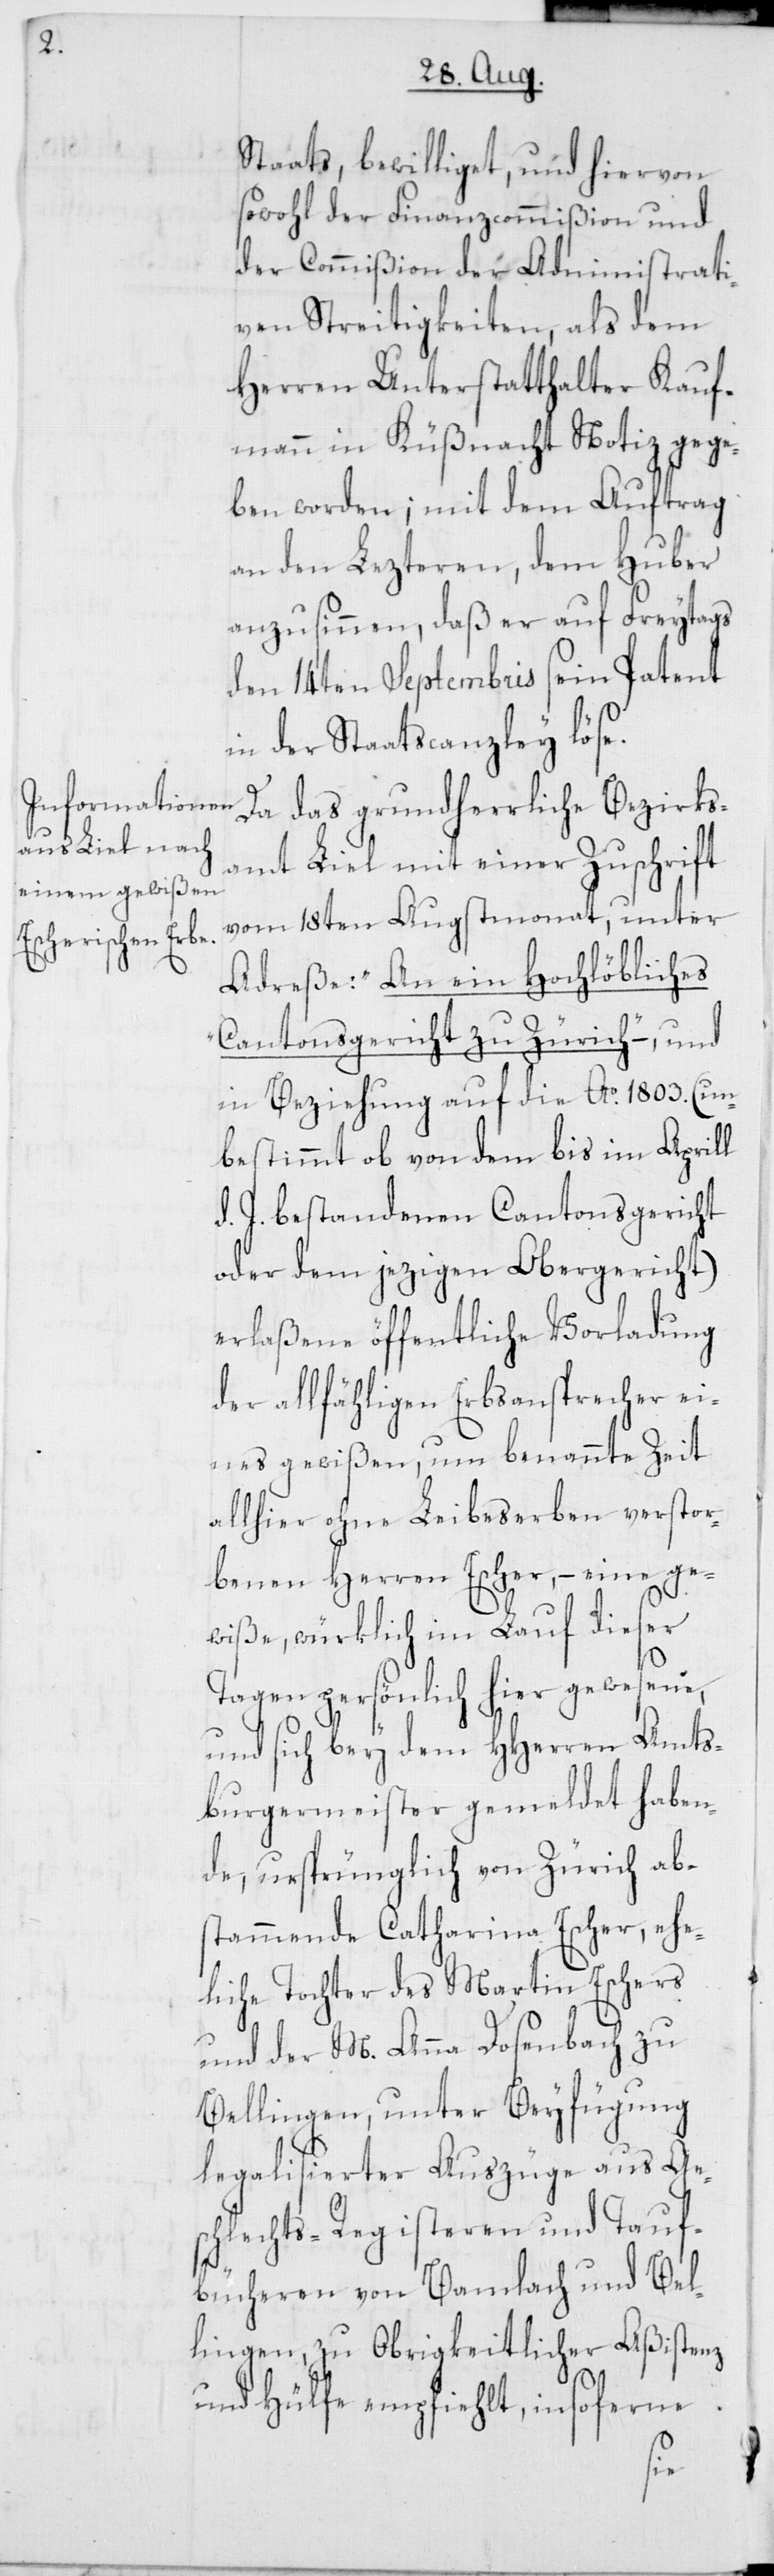
Staats, bewilliget, und hiervon
sowohl der Finanzcommißion und
der Commißion der Administrati¬
ven Streitigkeiten, als dem
Herren Unterstatthalter Kauf¬
mann in Küßnacht Notiz gege¬
ben worden; mit dem Auftrag
an den Letzteren, dem Huber
anzusinnen, daß er auf Freytags
den 14ten Septembris sein Patent
in der Staatscanzley löse.
Da das grundherrliche Bezirks¬
amt Liel mit einer Zuschrift
vom 18ten Augstmonat, unter
Adreße: „An ein Hochlöbliches
Cantonsgericht zu Zürich“ –, und
in Beziehung auf die Ao 1803. (un¬
bestimmt ob von dem bis im Aprill
d. J. bestandenen Cantonsgericht
oder dem jezigen Obergericht)
erlaßene öffentliche Vorladung
der allfähligen Erbsansprecher ei¬
nes gewißen, um benannte Zeit
allhier ohne Leibeserben verstor¬
benen Herren Escher, – eine ge¬
wiße, würklich im Lauf dieser
Tagen persönlich hier gewesene,
und sich bey dem HHerren Amts¬
burgermeister gemeldet haben¬
de, ursprünglich von Zürich abs¬
tammende Catharina Escher, ehe¬
liche Tochter des Martin Eschers
und der M. Anna Dosenbach zu
Bellingen, unter Beyfügung
legalisierter Auszüge aus Ge¬
chlechts-Registeren und Tauf¬
bücheren von Bamlach und Bel¬
lingen, zu Obrigkeitlicher Aßistenz
und Hülfe empfiehlt, insoferne
s¬